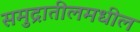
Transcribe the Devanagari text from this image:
समुद्रातीलमधील